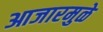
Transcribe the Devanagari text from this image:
आजारमुळे